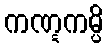
ကဏ္ဋကမ္ပိ